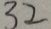
3 2